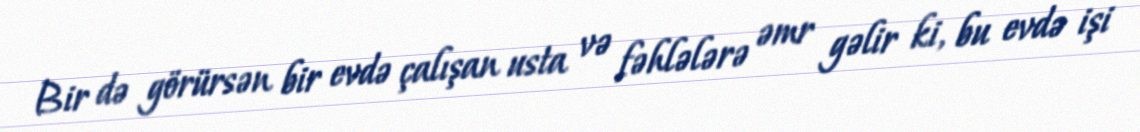
Bir də görürsən bir evdə çalışan usta və fəhlələrə əmr gəlir ki, bu evdə işi